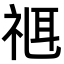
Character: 𥚅